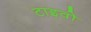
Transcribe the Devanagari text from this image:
टाइवो